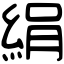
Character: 絹